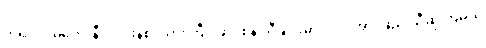
ကိုရင်ဂို၊ မကော်နီ၊ လင်းနစ်၊ သားကြီး၊ ဆိုင်စံနဲ့ သီချင်းမှာ ပါဝင်အားဖြည့် သီဆိုကြမယ့်